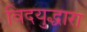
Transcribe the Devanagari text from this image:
विदयुद्धारा